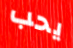
يحب